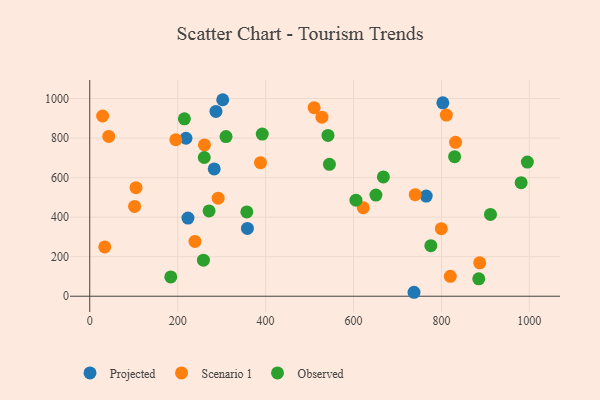
{"axis": {"x": "Investment", "y": "Sales"}, "legend": ["Observed", "Projected", "Scenario 1"], "data": [{"x": "283.1", "y": 643.9, "type": "Projected"}, {"x": "287.1", "y": 935.1, "type": "Projected"}, {"x": "223.4", "y": 395.4, "type": "Projected"}, {"x": "302.5", "y": 994.1, "type": "Projected"}, {"x": "765.4", "y": 506.9, "type": "Projected"}, {"x": "358.7", "y": 343.0, "type": "Projected"}, {"x": "803.2", "y": 978.6, "type": "Projected"}, {"x": "218.9", "y": 799.3, "type": "Projected"}, {"x": "737.6", "y": 20.0, "type": "Projected"}, {"x": "105.2", "y": 549.2, "type": "Scenario 1"}, {"x": "260.9", "y": 765.3, "type": "Scenario 1"}, {"x": "102.0", "y": 454.4, "type": "Scenario 1"}, {"x": "292.1", "y": 495.9, "type": "Scenario 1"}, {"x": "832.1", "y": 778.5, "type": "Scenario 1"}, {"x": "239.3", "y": 277.4, "type": "Scenario 1"}, {"x": "388.4", "y": 675.7, "type": "Scenario 1"}, {"x": "34.1", "y": 249.3, "type": "Scenario 1"}, {"x": "799.7", "y": 341.9, "type": "Scenario 1"}, {"x": "740.4", "y": 513.6, "type": "Scenario 1"}, {"x": "195.7", "y": 791.5, "type": "Scenario 1"}, {"x": "820.1", "y": 100.9, "type": "Scenario 1"}, {"x": "43.2", "y": 808.3, "type": "Scenario 1"}, {"x": "510.4", "y": 953.8, "type": "Scenario 1"}, {"x": "528.2", "y": 905.6, "type": "Scenario 1"}, {"x": "622.2", "y": 447.7, "type": "Scenario 1"}, {"x": "887.0", "y": 169.2, "type": "Scenario 1"}, {"x": "811.1", "y": 916.3, "type": "Scenario 1"}, {"x": "29.3", "y": 911.7, "type": "Scenario 1"}, {"x": "310.0", "y": 807.6, "type": "Observed"}, {"x": "651.0", "y": 511.6, "type": "Observed"}, {"x": "667.9", "y": 603.4, "type": "Observed"}, {"x": "775.9", "y": 255.9, "type": "Observed"}, {"x": "184.3", "y": 97.9, "type": "Observed"}, {"x": "545.2", "y": 667.5, "type": "Observed"}, {"x": "258.6", "y": 182.2, "type": "Observed"}, {"x": "392.4", "y": 820.1, "type": "Observed"}, {"x": "884.9", "y": 88.0, "type": "Observed"}, {"x": "271.4", "y": 431.4, "type": "Observed"}, {"x": "357.3", "y": 426.6, "type": "Observed"}, {"x": "911.5", "y": 413.8, "type": "Observed"}, {"x": "541.9", "y": 813.4, "type": "Observed"}, {"x": "260.5", "y": 701.7, "type": "Observed"}, {"x": "830.0", "y": 706.1, "type": "Observed"}, {"x": "995.5", "y": 678.6, "type": "Observed"}, {"x": "605.5", "y": 485.7, "type": "Observed"}, {"x": "981.3", "y": 574.6, "type": "Observed"}, {"x": "215.3", "y": 897.6, "type": "Observed"}]}